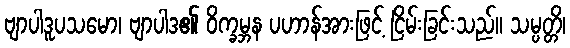
ဗျာပါဒူပသမော၊ ဗျာပါဒ၏ ဝိက္ခမ္ဘန ပဟာန်အားဖြင့် ငြိမ်းခြင်းသည်။ သမ္ပတ္တိ၊